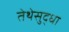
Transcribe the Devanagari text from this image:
तेथेसुद्धा